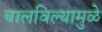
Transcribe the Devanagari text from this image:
चालविल्यामुळे